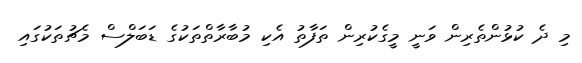
މި ދެ ކުޅުންތެރިން ވަނީ މީގެކުރިން ތަފާތު އެކި މުބާރާތްތަކުގެ ޑަބަލްސް މެޗުތަކުގައި